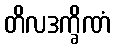
တိလဒက္ခိဏံ